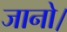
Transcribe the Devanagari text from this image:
जानो।